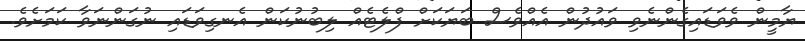
ޔާމީން ވެވަޑައިގެންނެވި ވައުދުން އެއްވެސް ބަޔަކަށް ފްލެޓެއް ލިބުނުކަން އެނގިވަޑައި ނުގަންނަވާ ކަމަށެވެ.